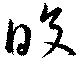
皎